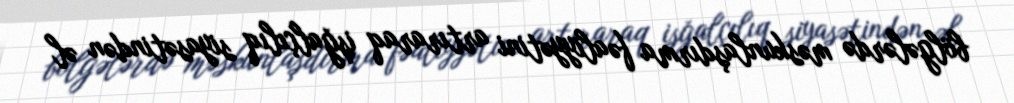
bölgələrdə məskunlaşdırma fəaliyyətini artıraraq işğalçılıq siyasətindən əl